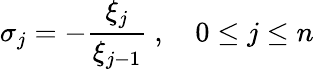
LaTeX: \sigma_{j}=-\frac{\xi_{j}}{\xi_{j-1}}\ ,\quad 0\leq j\leq n